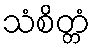
သံစိတ္တံ